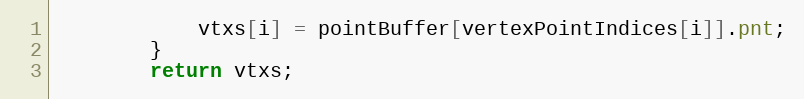
Language: Java
            vtxs[i] = pointBuffer[vertexPointIndices[i]].pnt;
        }
        return vtxs;